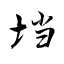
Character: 垱